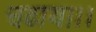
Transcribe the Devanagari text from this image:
चढाया।।